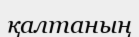
қалтаның